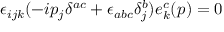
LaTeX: \epsilon _ { i j k } ( - i p _ { j } \delta ^ { a c } + \epsilon _ { a b c } \delta _ { j } ^ { b } ) e _ { k } ^ { c } ( p ) = 0